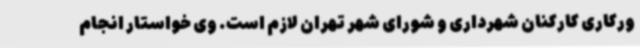
ورکاری کارکنان شهرداری و شورای شهر تهران لازم است. وی خواستار انجام